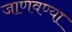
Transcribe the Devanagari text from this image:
जाणवण्या